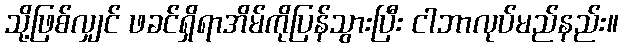
သို့ဖြစ်လျှင် ဖခင်ရှိရာအိမ်ကိုပြန်သွားပြီး ငါဘာလုပ်မည်နည်း။